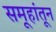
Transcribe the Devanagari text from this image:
समूहांतून